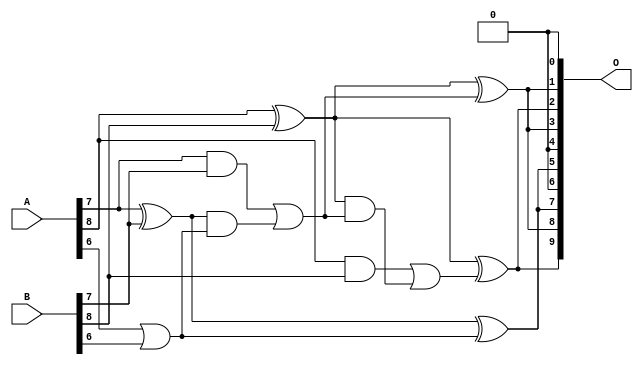
/***
* This code is a part of EvoApproxLib library (ehw.fit.vutbr.cz/approxlib) distributed under The MIT License.
* When used, please cite the following article(s): V. Mrazek, L. Sekanina, Z. Vasicek "Libraries of Approximate Circuits: Automated Design and Application in CNN Accelerators" IEEE Journal on Emerging and Selected Topics in Circuits and Systems, Vol 10, No 4, 2020 
* This file contains a circuit from a sub-set of pareto optimal circuits with respect to the pwr and mae parameters
***/
// MAE% = 7.32 %
// MAE = 38 
// WCE% = 24.61 %
// WCE = 126 
// WCRE% = 4000.00 %
// EP% = 99.21 %
// MRE% = 44.90 %
// MSE = 2070 
// PDK45_PWR = 0.010 mW
// PDK45_AREA = 24.4 um2
// PDK45_DELAY = 0.23 ns

module add9se_080 (
    A,
    B,
    O
);

input [8:0] A;
input [8:0] B;
output [9:0] O;

wire sig_45,sig_50,sig_51,sig_52,sig_53,sig_54,sig_55,sig_56,sig_57,sig_58,sig_59,sig_61;

assign sig_45 = A[6] | B[6];
assign sig_50 = A[7] ^ B[7];
assign sig_51 = A[7] & B[7];
assign sig_52 = sig_50 & sig_45;
assign sig_53 = sig_50 ^ sig_45;
assign sig_54 = sig_51 | sig_52;
assign sig_55 = A[8] ^ B[8];
assign sig_56 = A[8] & B[8];
assign sig_57 = sig_55 & sig_54;
assign sig_58 = sig_55 ^ sig_54;
assign sig_59 = sig_56 | sig_57;
assign sig_61 = sig_55 ^ sig_59;

assign O[9] = sig_61;
assign O[8] = sig_58;
assign O[7] = sig_53;
assign O[6] = 1'b0;
assign O[5] = sig_53;
assign O[4] = 1'b0;
assign O[3] = sig_58;
assign O[2] = sig_61;
assign O[1] = sig_58;
assign O[0] = 1'b0;

endmodule